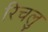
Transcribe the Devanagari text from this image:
रिचलु